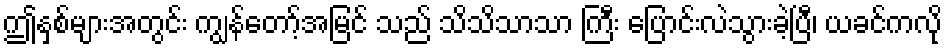
ဤနှစ်များအတွင်း ကျွန်တော့်အမြင် သည် သိသိသာသာ ကြီး ပြောင်းလဲသွားခဲ့ပြီ၊ ယခင်ကလို